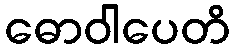
ဓောဝါပေတိ